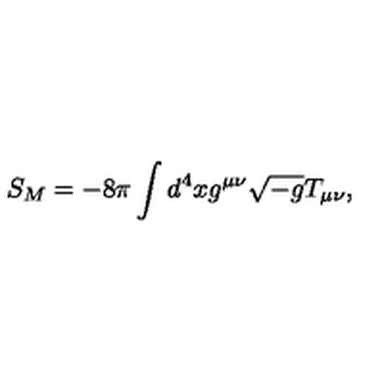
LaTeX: S _ { M } = - 8 \pi \int d ^ { 4 } x g ^ { \mu \nu } \sqrt { - g } T _ { \mu \nu } ,